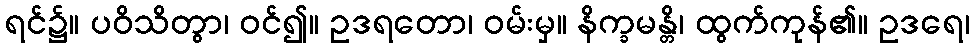
ရင်၌။ ပဝိသိတွာ၊ ဝင်၍။ ဥဒရတော၊ ဝမ်းမှ။ နိက္ခမန္တိ၊ ထွက်ကုန်၏။ ဥဒရေ၊